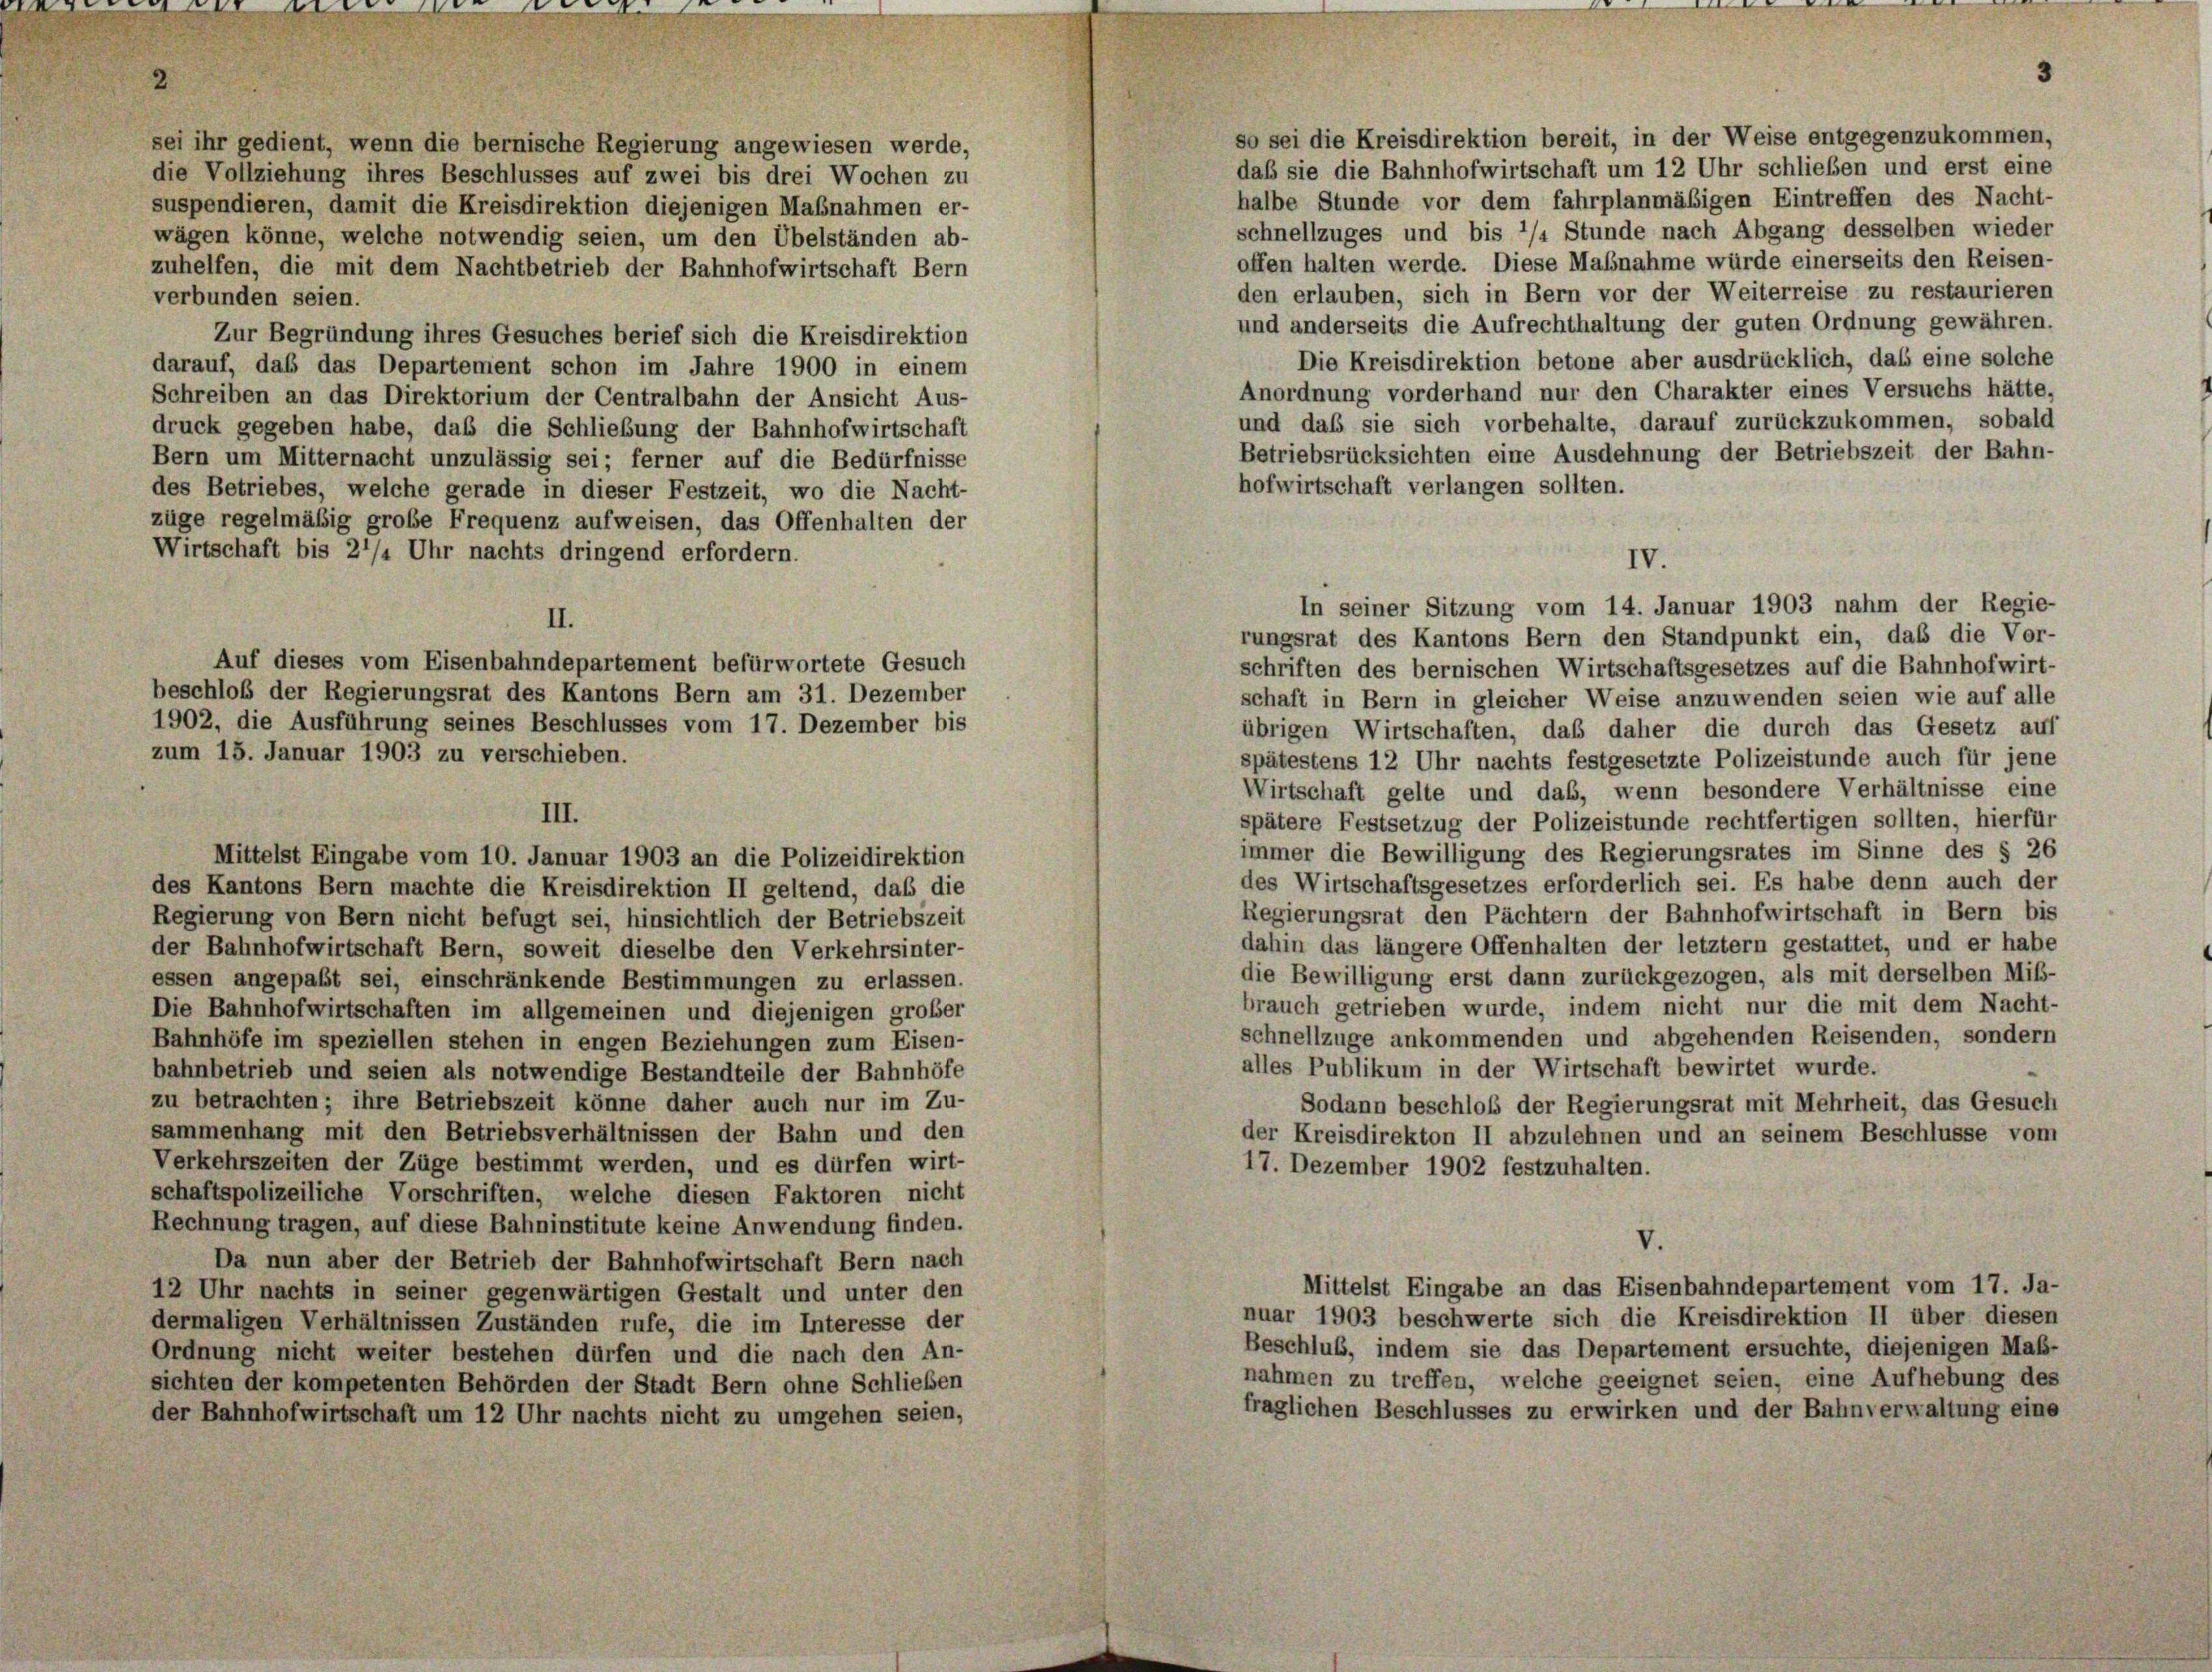
d

1
te

so sei die Kreisdirektion bereit, in der Weise entgegenzukommen,
sei ihr gedient, wenn die bernische Regierung angewiesen werde,
daß sie die Bahnhofwirtschaft um 12 Uhr schließen und erst eine
die Vollziehung ihres Beschlusses auf zwei bis drei Wochen zu
halbe Stunde vor dem fahrplanmäßigen Eintreffen des Nacht-
suspendieren, damit die Kreisdirektion diejenigen Maßnahmen er-
schnellzuges und bis 1/2 Stunde nach Abgang desselben wieder
wägen könne, welche notwendig seien, um den Übelständen ab-
offen halten werde. Diese Maßnahme würde einerseits den Reisen-
zuhelfen, die mit dem Nachtbetrieb der Bahnhofwirtschaft Bern
den erlauben, sich in Bern vor der Weiterreise zu restaurieren
verbunden seien.
und anderseits die Aufrechthaltung der guten Ordnung gewähren.
Zur Begründung ihres Gesuches berief sich die Kreisdirektion
Die Kreisdirektion betone aber ausdrücklich, daß eine solche
darauf, das das Departement schon im Jahre 1900 in einem
Anordnung vorderhand nur den Charakter eines Versuchs hätte,
Schreiben an das Direktorium der Centralbahn der Ansicht Aus-
und daß sie sich vorbehalte, darauf zurückzukommen, sobald
druck gegeben habe, das die Schliebung der Bahnhofwirtschaft
Betriebsrücksichten eine Ausdehnung der Betriebszeit der Bahn-
Bern um Mitternacht unzulässig sei; ferner auf die Bedürfnisse
hofwirtschaft verlangen sollten.
des Betriebes, welche gerade in dieser Festzeit, wo die Nacht-
züge regelmäßig große Frequenz aufweisen, das Offenhalten der
Wirtschaft bis 21/4 Uhr nachts dringend erfordern.
II.
rungsrat des Kantons Bern den Standpunkt ein, daß die Vor-
Auf dieses vom Eisenbahndepartement befürwortete Gesuch
schriften des bernischen Wirtschaftsgesetzes auf die Bahnhofwirt-
beschloß der Regierungsrat des Kantons Bern am 31. Dezember
schaft in Bern in gleicher Weise anzuwenden seien wie auf alle
1902, die Ausführung seines Beschlusses vom 17. Dezember bis
übrigen Wirtschaften, daß daher die durch das Gesetz auf
zum 15. Januar 1903 zu verschieben.
spätestens 12 Uhr nachts festgesetzte Polizeistunde auch für jene
Wirtschaft gelte und das, wenn besondere Verhältnisse eine
III.
spätere Festsetzug der Polizeistunde rechtfertigen sollten, hierfür
immer die Bewilligung des Regierungsrates im Sinne des § 26
Mittelst Eingabe vom 10. Januar 1903 an die Polizeidirektion
des Wirtschaftsgesetzes erforderlich sei. Es habe denn auch der
des Kantons Bern machte die Kreisdirektion II geltend, daß die
Regierungsrat den Pächtern der Bahnhofwirtschaft in Bern bis
Regierung von Bern nicht befugt sei, hinsichtlich der Betriebszeit
dahin das längere Offenhalten der letztem gestattet, und er habe
der Bahnhofwirtschaft Bern, soweit dieselbe den Verkehrsinter-
die Bewilligung erst dann zurückgezogen, als mit derselben Miß-
essen angepaßt sei, einschränkende Bestimmungen zu erlassen.
brauch getrieben wurde, indem nicht nur die mit dem Nacht-
Die Bahnhofwirtschaften im allgemeinen und diejenigen großer
schnellzüge ankommenden und abgehenden Reisenden, sondern
Bahnhöfe im speziellen stehen in engen Beziehungen zum Eisen-
alles Publikum in der Wirtschaft bewirtet wurde.
bahnbetrieb und seien als notwendige Bestandteile der Bahnhöfe
zu betrachten; ihre Betriebszeit könne daher auch nur im Zu-
Sodann beschloß der Regierungsrat mit Mehrheit, das Gesuch
sammenhang mit den Betriebsverhältnissen der Bahn und den
der Kreisdirekton II abzulehnen und an seinem Beschlüsse vom
Verkehrszeiten der Züge bestimmt werden, und es dürfen wirt-
17. Dezember 1902 festzuhalten.
schaftspolizeiliche Vorschriften, welche diesen Faktoren nicht
Rechnung tragen, auf diese Bahninstitute keine Anwendung finden.
V.
Da nun aber der Betrieb der Bahnhofwirtschaft Bern nach
Mittelst Eingabe an das Eisenbahndepartement vom 17. Ja-
12 Uhr nachts in seiner gegenwärtigen Gestalt und unter den
nuar 1903 beschwerte sich die Kreisdirektion II über diesen
dermaligen Verhältnissen Zuständen rufe, die im Interesse der
Beschluß, indem sie das Departement ersuchte, diejenigen Maß-
Ordnung nicht weiter bestehen dürfen und die nach den An-
nahmen zu treffen, welche geeignet seien, eine Aufhebung des
sichten der kompetenten Behörden der Stadt Bern ohne Schließen
fraglichen Beschlusses zu erwirken und der Bahnverwaltung eine
der Bahnhofwirtschaft um 12 Uhr nachts nicht zu umgehen seien,

IV.
In seiner Sitzung vom 14. Januar 1903 nahm der Regie-